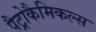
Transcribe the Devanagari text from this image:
पैट्रोकैमिकल्स